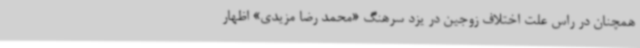
همچنان در راس علت اختلاف زوجین در یزد سرهنگ «محمد رضا مزیدی» اظهار